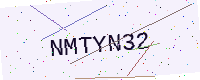
Text: NMTYN32